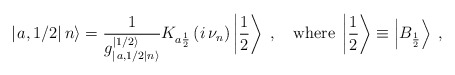
\begin{align*}\left| \left. a,1/2\right| n\right\rangle =\frac{1}{g^{\left| 1/2\right\rangle }_{\left| \left. a,1/2\right| n\right\rangle }}K_{a\frac{1}{2}}\left( i\, \nu _{n}\right) \left| \frac{1}{2}\right\rangle \; ,\quad \mathrm{where}\; \left| \frac{1}{2}\right\rangle \equiv \left| B_{\frac{1}{2}}\right\rangle \; ,\end{align*}